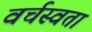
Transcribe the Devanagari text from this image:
वर्चस्वता